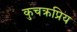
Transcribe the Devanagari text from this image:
कुचक्रप्रिय